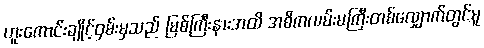
ဟူးကောင်းချိုင့်ဝှမ်းမှသည် မြစ်ကြီးနားအထိ အဓိကလမ်းမကြီးတစ်လျှောက်တွင်မူ